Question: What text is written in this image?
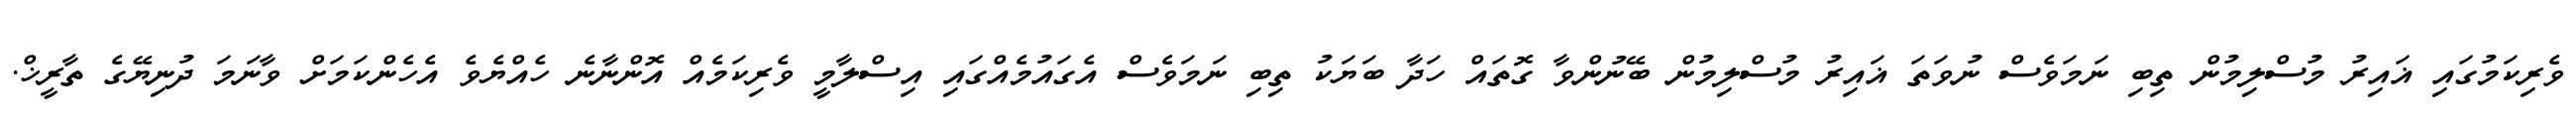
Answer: ވެރިކަމުގައި ޣައިރު މުސްލިމުން ތިބި ނަމަވެސް ނުވަތަ ޣައިރު މުސްލިމުން ބޭނުންވާ ގޮތައް ހަދާ ބަޔަކު ތިބި ނަމަވެސް އެގައުމެއްގައި އިސްލާމީ ވެރިކަމެއް އޮންނާނެ ހެއްޔެވެ އެހެންކަމަށް ވާނަމަ ދުނިޔޭގެ ތާރީޚް.